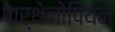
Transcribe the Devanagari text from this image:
पार्थेनोपियन